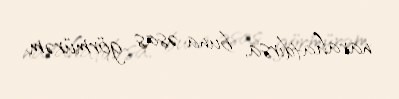
narahatdırsa, buna əsas görmürəm.